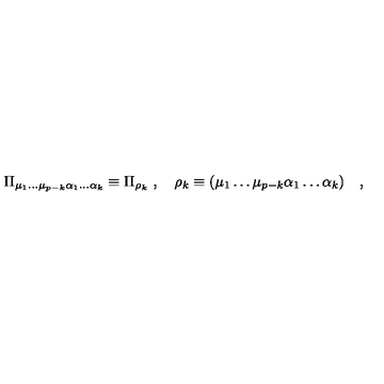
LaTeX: \Pi _ { \mu _ { 1 } \dots \mu _ { p - k } \alpha _ { 1 } \dots \alpha _ { k } } \equiv \Pi _ { \rho _ { k } } \ , \quad \rho _ { k } \equiv ( \mu _ { 1 } \dots \mu _ { p - k } \alpha _ { 1 } \dots \alpha _ { k } ) \quad ,